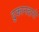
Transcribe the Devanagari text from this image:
दुकानदारो